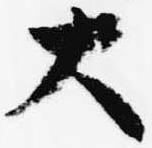
大